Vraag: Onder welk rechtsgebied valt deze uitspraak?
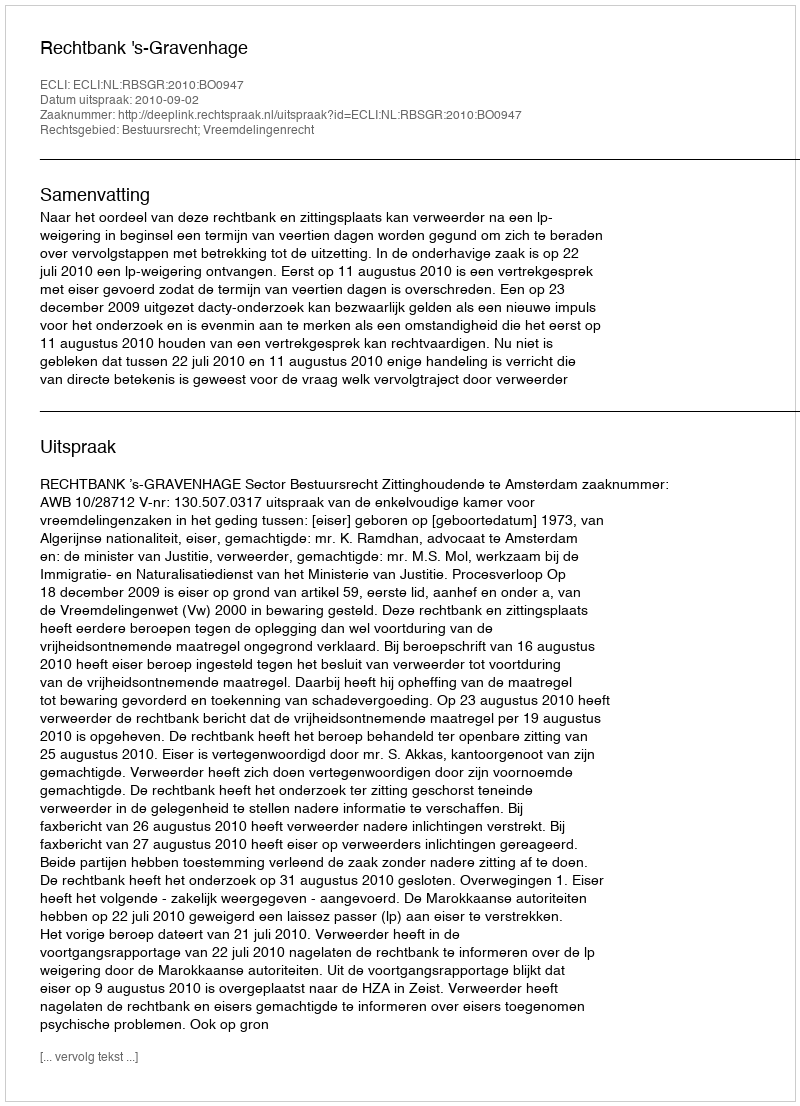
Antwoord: Bestuursrecht; Vreemdelingenrecht